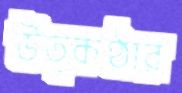
উত্কণ্ঠার